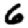
Digit: 6